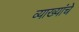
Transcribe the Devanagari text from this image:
व्याख्यांचे